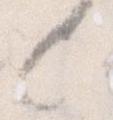
と